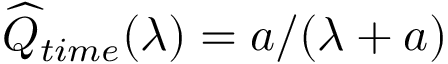
\widehat { Q } _ { t i m e } ( \lambda ) = a / ( \lambda + a )